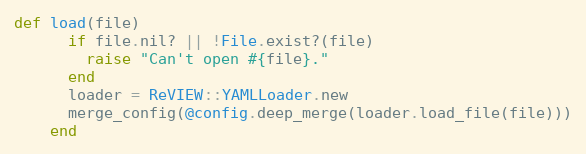
Language: Ruby
def load(file)
      if file.nil? || !File.exist?(file)
        raise "Can't open #{file}."
      end
      loader = ReVIEW::YAMLLoader.new
      merge_config(@config.deep_merge(loader.load_file(file)))
    end